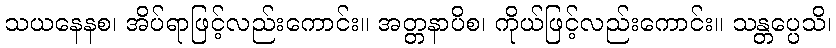
သယနေနစ၊ အိပ်ရာဖြင့်လည်းကောင်း။ အတ္တနာပိစ၊ ကိုယ်ဖြင့်လည်းကောင်း။ သန္တပ္ပေသိ၊